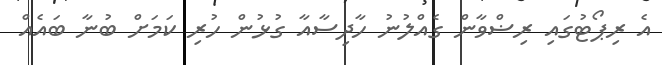
އެ ރިޕޯޓުގައި ރިޟްވާން ގެއްލުނު ހާދިސާއާ ގުޅުން ހުރި ކަމަށް ބުނާ ބައެއް